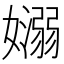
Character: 𡣄